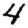
Digit: 4